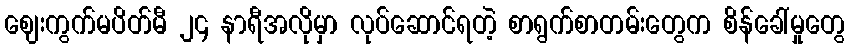
ဈေးကွက်မပိတ်မီ ၂၄ နာရီအလိုမှာ လုပ်ဆောင်ရတဲ့ စာရွက်စာတမ်းတွေက စိန်ခေါ်မှုတွေ